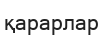
қарарлар